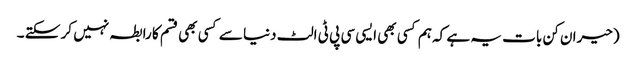
(حیران کن بات یہ ہے کہ ہم کسی بھی ایسی سی پی ٹی الٹ دنیا سے کسی بھی قسم کا رابطہ نہیں کر سکتے ۔